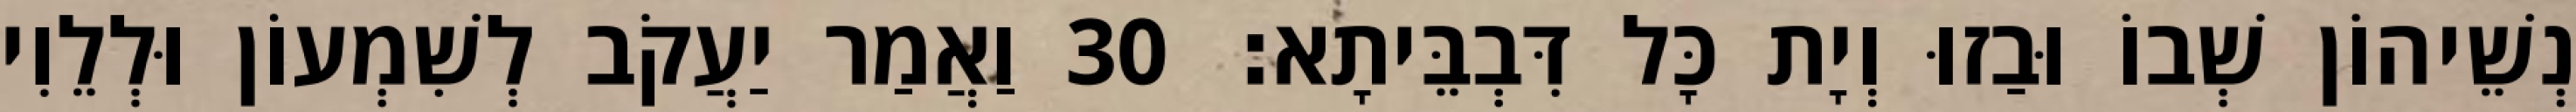
נְשֵׁיהוֹן שְׁבוֹ וּבַזוּ וְיָת כָּל דִּבְבֵּיתָא׃ 30 וַאֲמַר יַעֲקֹב לְשִׁמְעוֹן וּלְלֵוִי